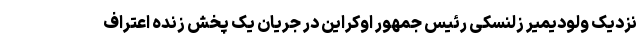
نزدیک ولودیمیر زلنسکی رئیس جمهور اوکراین در جریان یک پخش زنده اعتراف